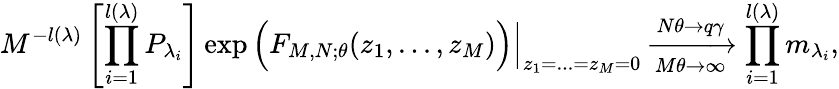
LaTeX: M^{-l(\lambda)}\left[\prod_{i=1}^{l(\lambda)}P_{\lambda_{i}}\right]\exp\Big(F_{M,N;\theta}(z_{1},...,z_{M})\Big)\Bigr|_{z_{1}=...=z_{M}=0}\xrightarrow[M\theta\rightarrow\infty]{N\theta\rightarrow q\gamma}\prod_{i=1}^{l(\lambda)}m_{\lambda_{i}},